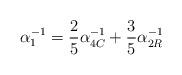
LaTeX: \begin{align*}\alpha_1^{-1} = \frac{2}{5} \alpha_{4C}^{-1} +\frac{3}{5} \alpha_{2R}^{-1}\end{align*}